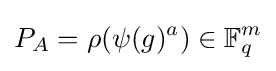
P_{A}=\rho (\psi (g)^{a})\in \mathbb {F} _{q}^{m}